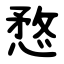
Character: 愗